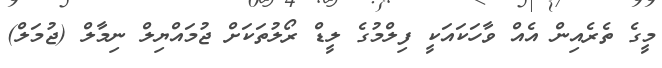
މީގެ ތެރެއިން އެއް ވާހަކައަކީ ފިލްމުގެ ލީޑް ރޯލުތަކަށް ޖުމައްޔިލް ނިމާލް (ޖުމަލް)